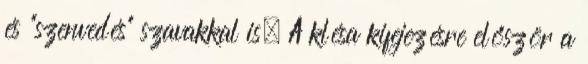
és "szenvedés" szavakkal is. A klésa kifejezésre először a